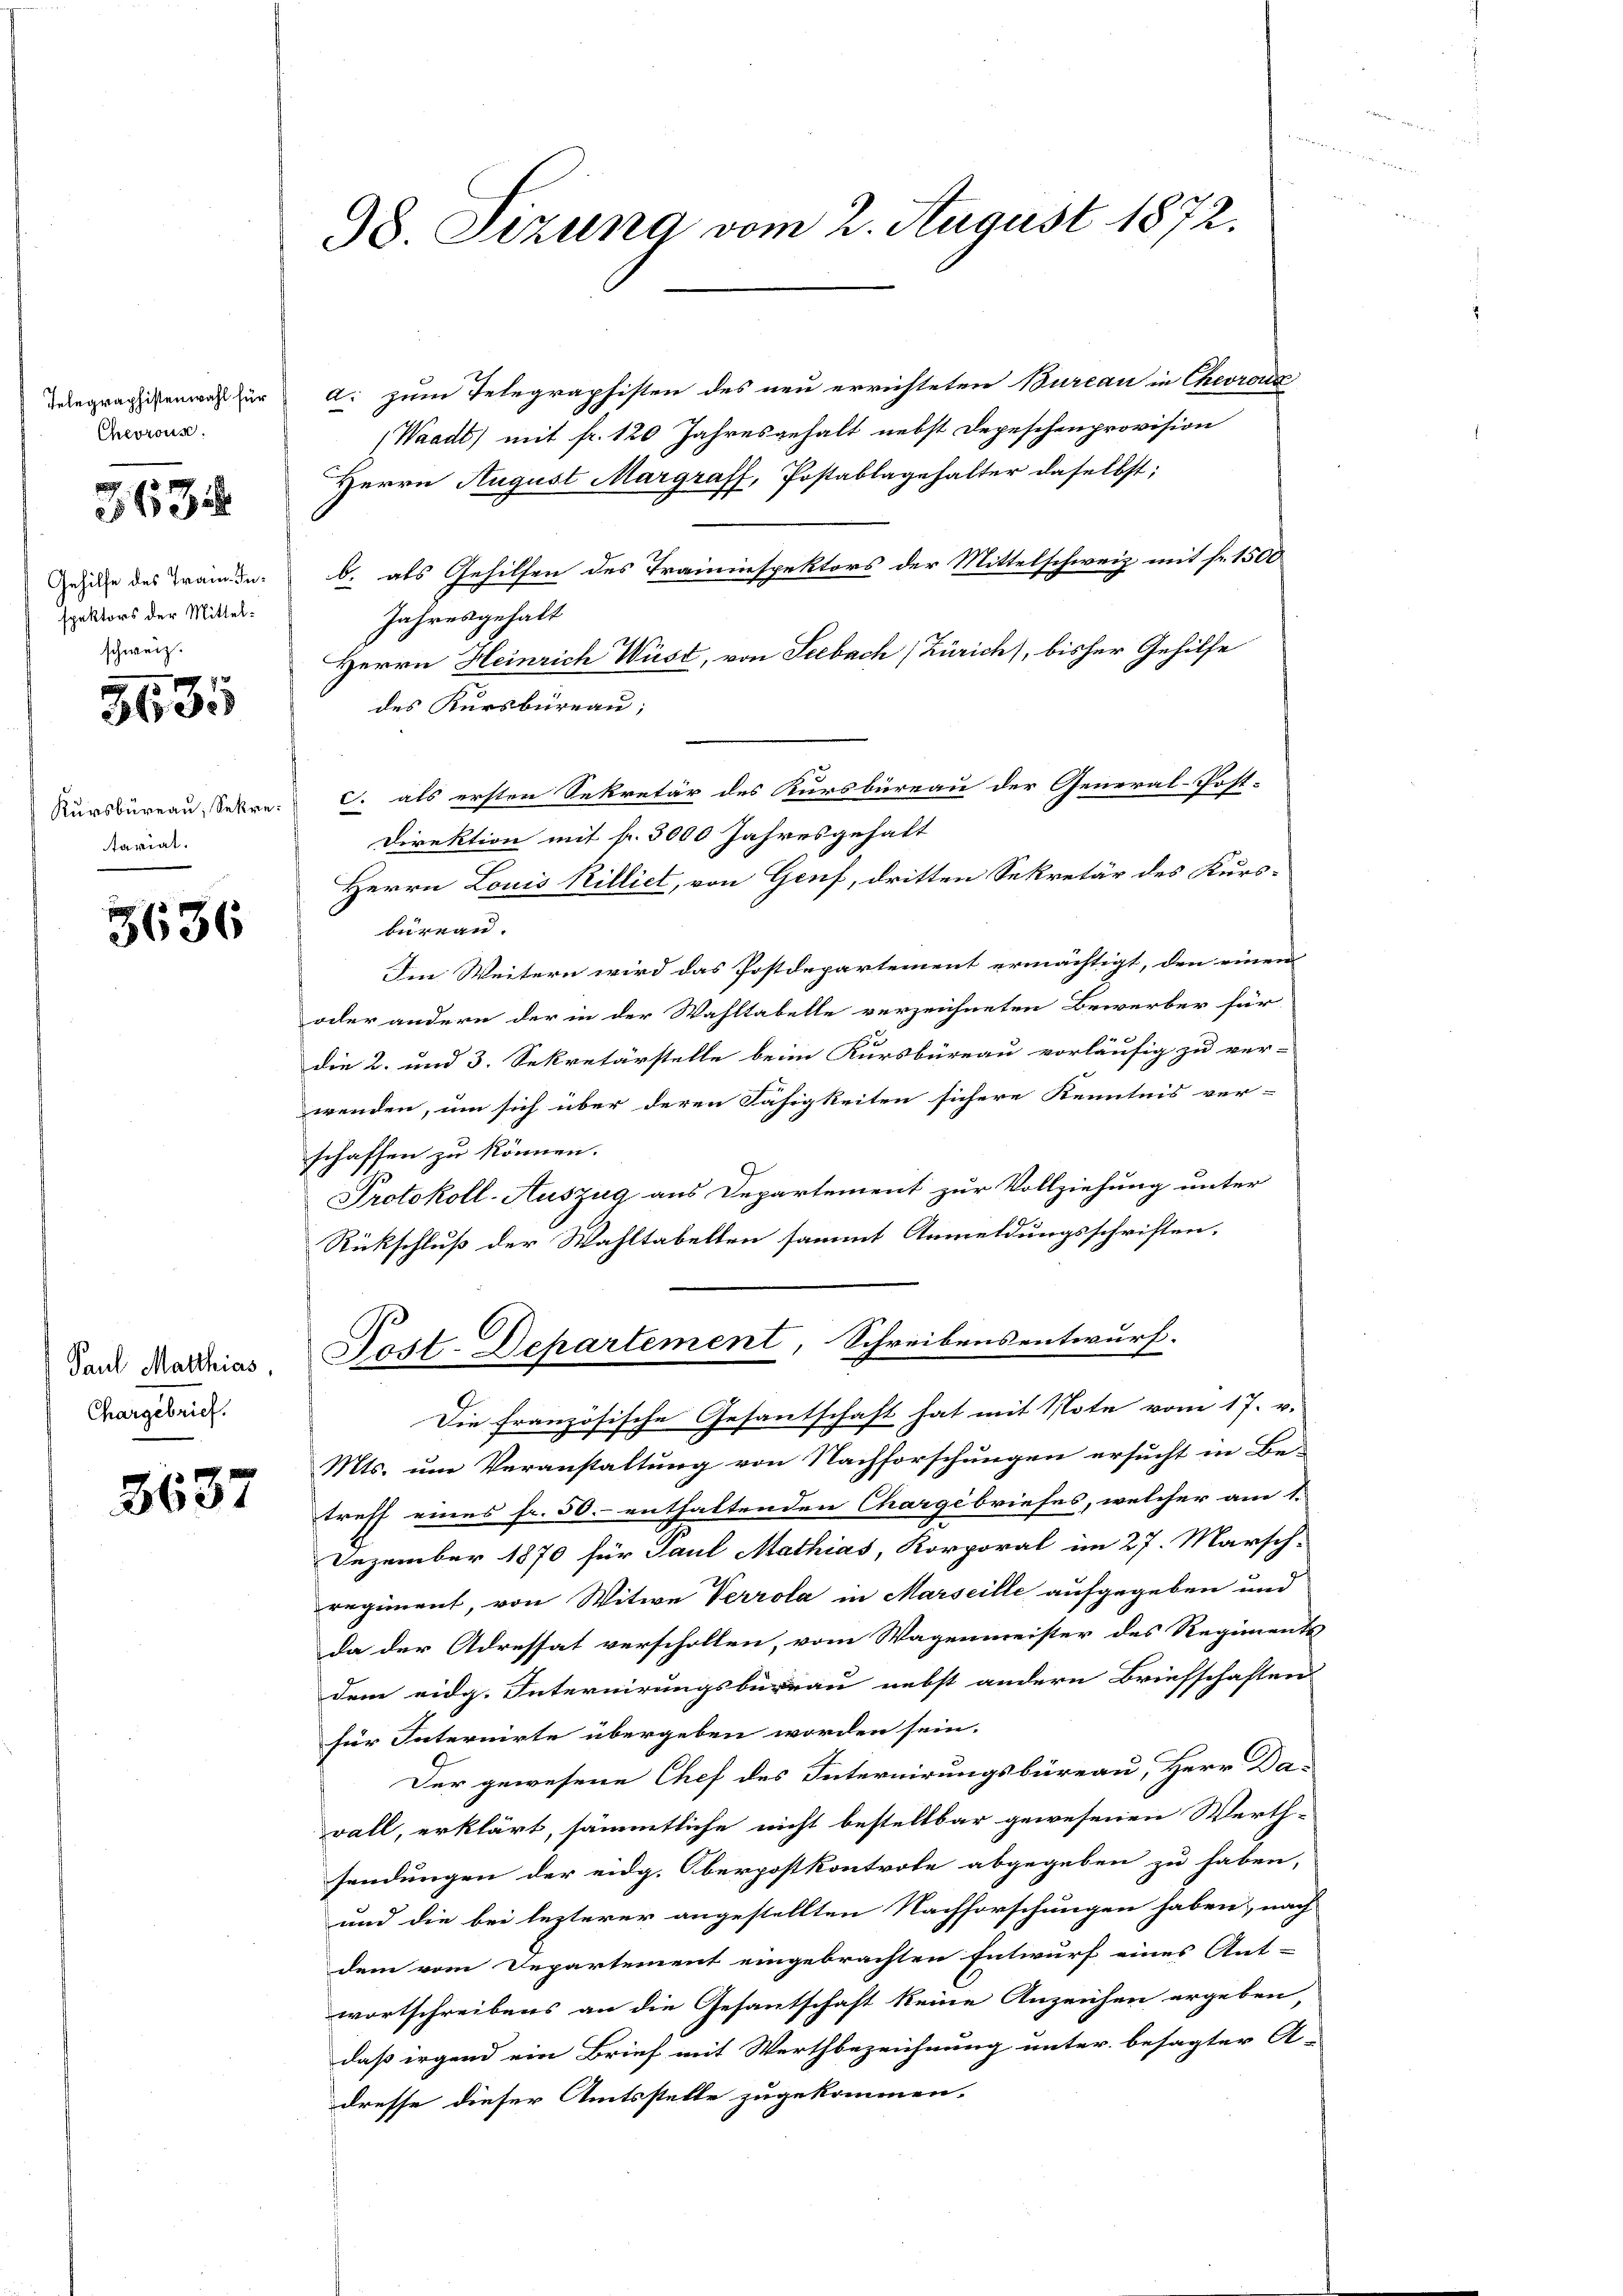
Chevrous.
spektors der Mittelschweiz.

363

3635

tariat.

3636

Chargebrief.

3637

98. Sizung vom 2. August 1872.

Telegragistenwach für a. zum Telegraphisten des neu errichteten Bureau in Chevrauen
(Waadt) mit fr. 120 Jahresgehalt nebst Depeschenprovision
Herrn August Margraff, Postablagehalter daselbst;
Zeine des Train. b. als Gehilfen des Traminspektors der Mittelschweiz mit fr. 1500
Jahresgehalt
Herrn Heinrich Wüst, von Seebach Zürich, bisher Gehilfe
des Kursbureau,
Kursbureau. Saben. c. als ersten Sekretär des Kursbüreau der General-Post-
Direktion mit fr. 3000 Jahresgehalt
Herrn Louis Killiet, von Genf, dritten Sekretär des Kursbureau.
Ien Weitern wird das Postdepartement ermächtigt, den einen
oder andern der in der Wahltabelle verzeichneten Bewerber für
die 2. und 3. Sekretärstelle beim Kursbüreau vorläufig zu ver-
wenden, um sich über deren Fähigkeiten sichere Kenntnis ver-
schaffen zu können.
Protokoll-Auszug aus Departement zur Vollziehung unter
Rückschluß der Wahltabellen sammt Anmeldungsschriften,
dan Madrias Post-Departement, Schreibensentwurf.
Die französische Gesantschaft hat mit Note vom 17. v.
Mts. um Veranstaltung von Nachforschungen ersucht in Be-
treff eines fr. 50.- enthaltenden Chargebriefes, welcher am 1.
Dezember 1870 für Paul Mathias, Korporal im 27. Marsch
regiment, von Witwe Verrola in Marseille aufgegeben und
da der Adressat verschollen, vom Wagenmeister des Regiments
dem eidg. Internirungsbüreau nebst andern Briefschaften
für Internirte übergeben worden sein.
Der gewesene Chef des Internirungsbüreau, Herr Da-
vall, erklärt, sämmtliche nicht bestellbar gewesenen Werth-
sendungen der eidg. Oberpostkontrole abgegeben zu haben,
und die bei lezterer angestellten Nachforschungen haben, nach
dem vom Departement eingebrachten Entwurf eines Ant-
wortschreibens an die Gesantschaft keine Anzeichen ergeben,
daß irgend ein Brief mit Werthbezeichnung unter besagter A-
dresse dieser Amtsstelle zugekommen.